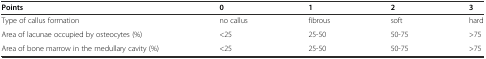
| Points | 0 | 1 | 2 | 3 |
 | --- | --- | --- | --- | --- |
 | Type of callus formation | no callus | fibrous | soft | hard |
 | Area of lacunae occupied by osteocytes (%) | <25 | 25-50 | 50-75 | >75 |
 | Area of bone marrow in the medullary cavity (%) | <25 | 25-50 | 50-75 | >75 |